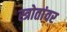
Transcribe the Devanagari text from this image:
स्त्रोतांवर